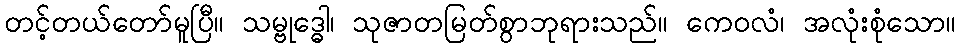
တင့်တယ်တော်မူပြီ။ သမ္ဗုဒ္ဓေါ၊ သုဇာတမြတ်စွာဘုရားသည်။ ကေဝလံ၊ အလုံးစုံသော။